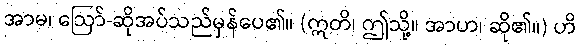
အာမ၊ ဩော်-ဆိုအပ်သည်မှန်ပေ၏။ (ဣတိ၊ ဤသို့။ အာဟ၊ ဆို၏။) ဟိ